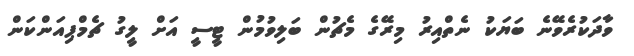
ވާދަކުރެވޭނެ ބަޔަކު ނެތްއިރު މިރޭގެ މެޗުން ބަލިވުމުން ޓީސީ އަށް ލީގު ޗެމްޕިއަންކަން